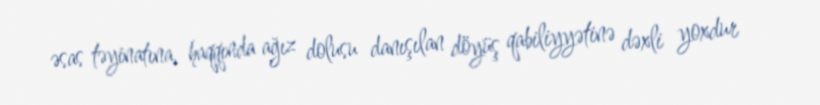
əsas təyinatına, haqqında ağız dolusu danışılan döyüş qabiliyyətinə dəxli yoxdur